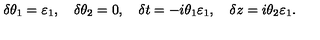
\delta \theta _ { 1 } = \varepsilon _ { 1 } , \quad \delta \theta _ { 2 } = 0 , \quad \delta t = - i \theta _ { 1 } \varepsilon _ { 1 } , \quad \delta z = i \theta _ { 2 } \varepsilon _ { 1 } .